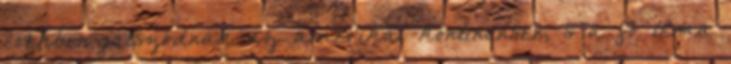
években játszódnak az amerikai kontinensen, s a fő téma